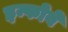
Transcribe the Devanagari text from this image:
इन्फोवे